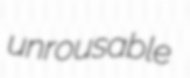
unrousable